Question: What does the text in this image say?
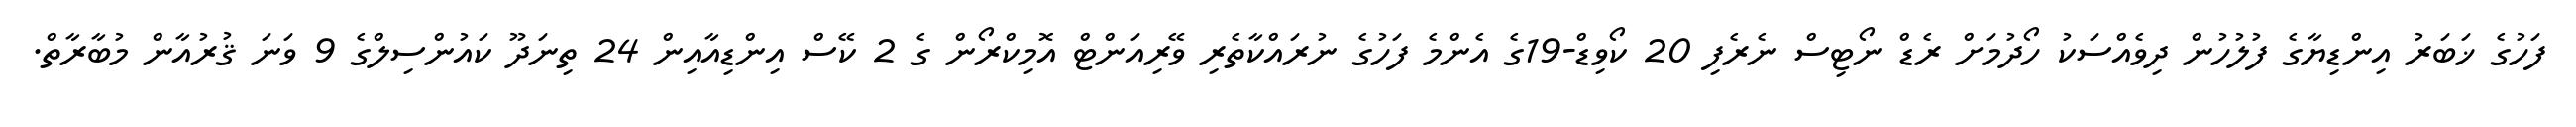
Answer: ފަހުގެ ޚަބަރު އިންޑިޔާގެ ފުލުހުން ދިވެއްސަކު ހޯދުމަށް ރެޑް ނޯޓިސް ނެރެފި 20 ކޯވިޑް-19ގެ އެންމެ ފަހުގެ ނުރައްކާތެރި ވޭރިއަންޓް އޮމިކްރޯން ގެ 2 ކޭސް އިންޑިއާއިން 24 ތިނަދޫ ކައުންސިލްގެ 9 ވަނަ ޤުރުއާން މުބާރާތް.